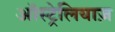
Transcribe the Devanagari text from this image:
ऑस्ट्रेलियाज़